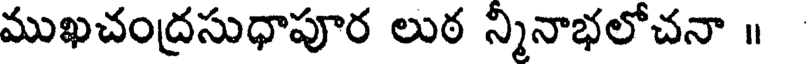
ముఖచంద్రసుధాపూర లుఠ న్మినాభలోచనా ॥